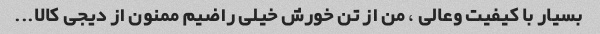
بسیار با کیفیت وعالی ، من از تن خورش خیلی راضیم ممنون از دیجی کالا...